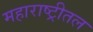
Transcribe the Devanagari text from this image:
महाराष्ट्रीतल